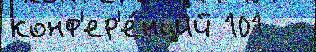
конф'ер'е́нций 101  -